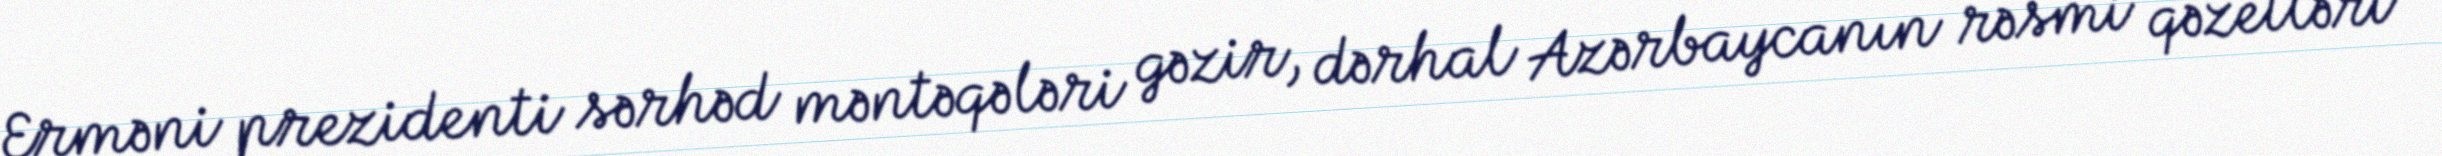
Erməni prezidenti sərhəd məntəqələri gəzir, dərhal Azərbaycanın rəsmi qəzetləri